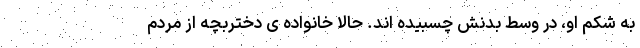
به شکم او، در وسط بدنش چسبیده اند. حالا خانواده ی دختربچه از مردم